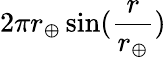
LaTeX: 2\pi r_{\oplus}\sin(\frac{r}{r_{\oplus}})